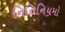
નિતિનિયમો